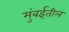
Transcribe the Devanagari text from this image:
मुंबर्इतील